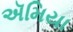
ઍમિયા